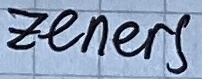
Text: Zeners